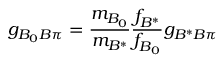
g _ { B _ { 0 } B \pi } = \frac { m _ { B _ { 0 } } } { m _ { B ^ { * } } } \frac { f _ { B ^ { * } } } { f _ { B _ { 0 } } } g _ { B ^ { * } B \pi }